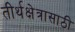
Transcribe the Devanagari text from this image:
तीर्थक्षेत्रासाठी